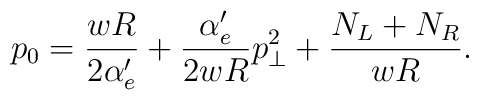
p_0 = \frac{wR}{2 \alpha'_e} + \frac{\alpha'_e}{2wR} p_\perp^2 + \frac{N_L + N_R}{wR}.